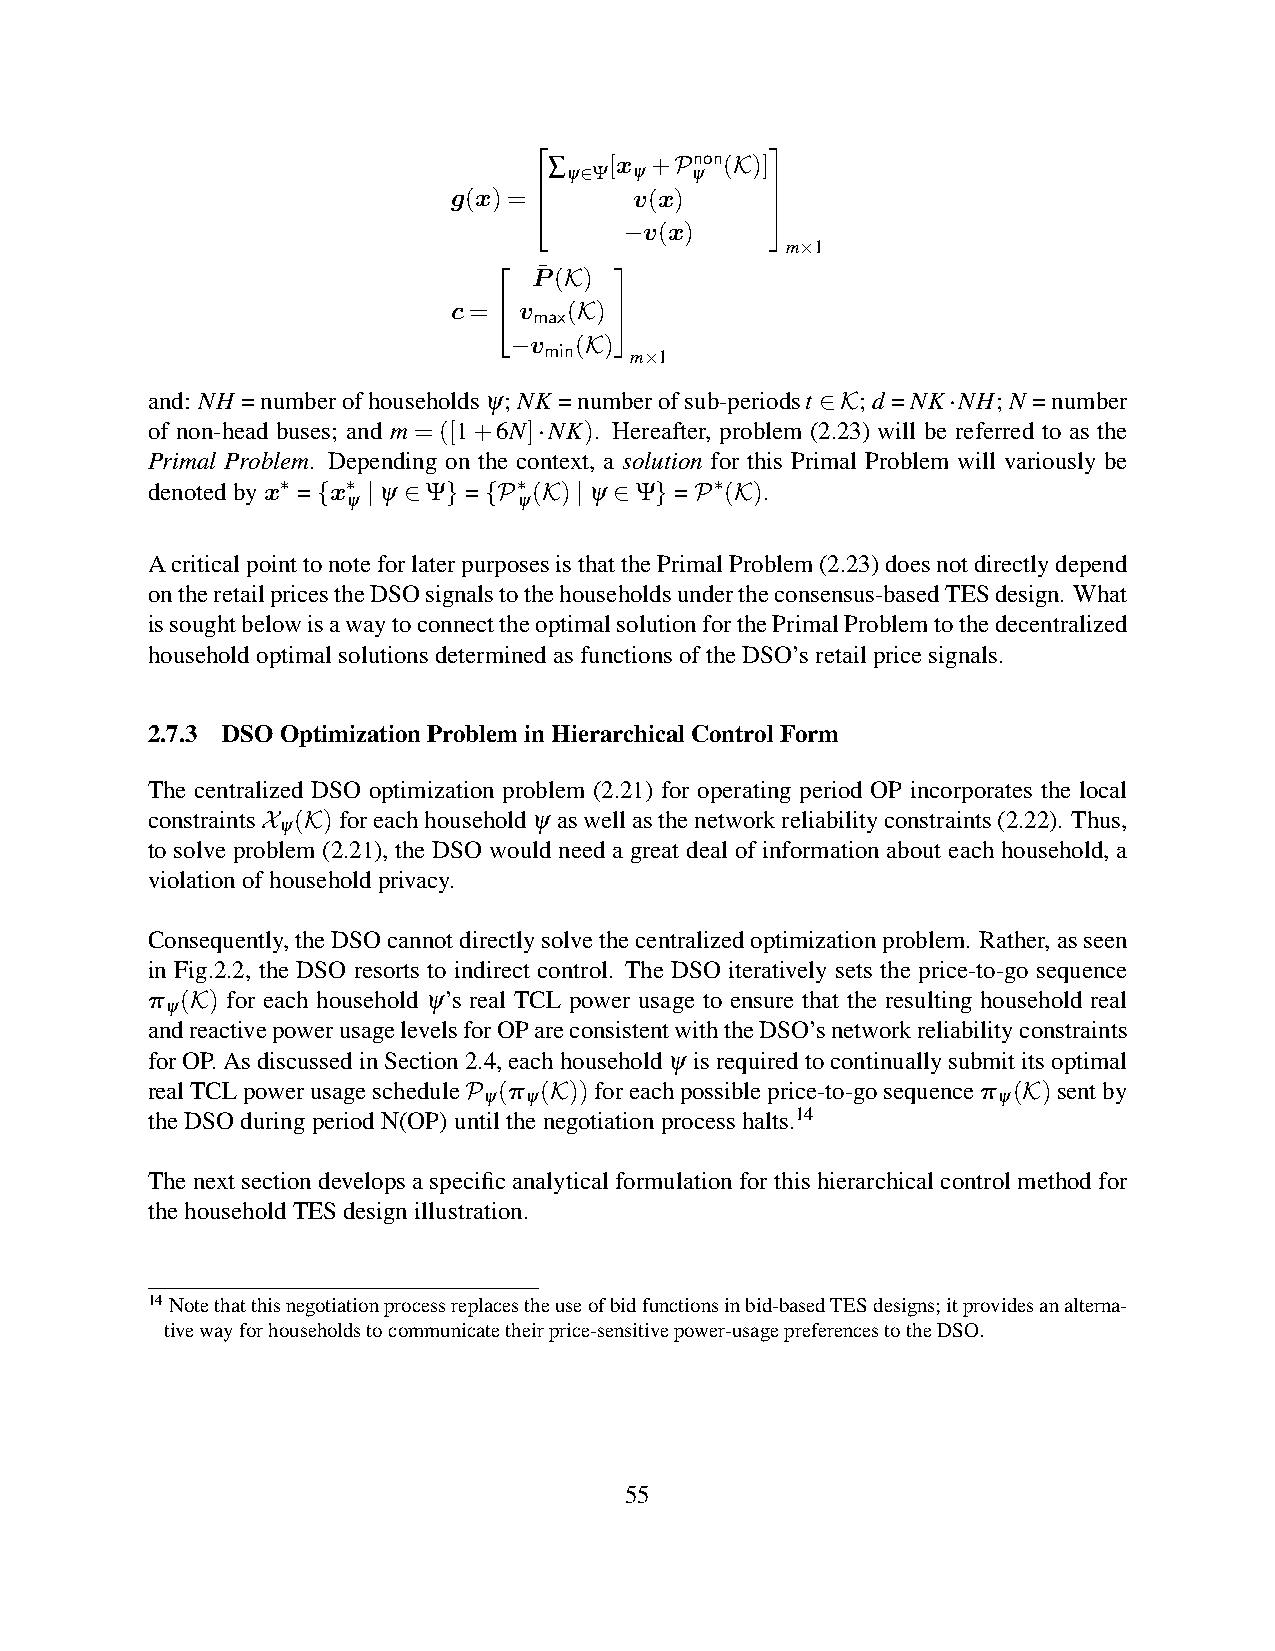
               
 ∑   [x +Pnon(K)]
 ψ∈Ψ  ψ   ψ
 g(x)=      v(x)     
                
 −v(x)
 m×1
  P¯ (K) 
 c= v max(K) 
 −v  (K)
 min
 m×1
 and: NH =numberofhouseholdsψ;NK =numberofsub-periodst ∈K;d =NK·NH;N =number
 of non-head buses; and m = ([1+6N]·NK). Hereafter, problem (2.23) will be referred to as the
 Primal Problem. Depending on the context, a solution for this Primal Problem will variously be
 denotedbyx∗ ={x∗ |ψ ∈Ψ}={P∗(K)|ψ ∈Ψ}=P∗(K).
 ψ          ψ
 AcriticalpointtonoteforlaterpurposesisthatthePrimalProblem(2.23)doesnotdirectlydepend
 ontheretailpricestheDSOsignalstothehouseholdsundertheconsensus-basedTESdesign. What
 issoughtbelowisawaytoconnecttheoptimalsolutionforthePrimalProblemtothedecentralized
 householdoptimalsolutionsdeterminedasfunctionsoftheDSO’sretailpricesignals.
 2.7.3 DSOOptimizationProbleminHierarchicalControlForm
 The centralized DSO optimization problem (2.21) for operating period OP incorporates the local
 constraintsX (K)foreachhouseholdψ aswellasthenetworkreliabilityconstraints(2.22). Thus,
 ψ
 to solve problem (2.21), the DSO would need a great deal of information about each household, a
 violationofhouseholdprivacy.
 Consequently,theDSOcannotdirectlysolvethecentralizedoptimizationproblem. Rather,asseen
 in Fig.2.2, the DSO resorts to indirect control. The DSO iteratively sets the price-to-go sequence
 π (K) for each household ψ’s real TCL power usage to ensure that the resulting household real
 ψ
 andreactivepowerusagelevelsforOPareconsistentwiththeDSO’snetworkreliabilityconstraints
 forOP.AsdiscussedinSection2.4,eachhouseholdψ isrequiredtocontinuallysubmititsoptimal
 realTCLpowerusagescheduleP (π (K))foreachpossibleprice-to-gosequenceπ (K)sentby
 ψ  ψ                              ψ
 theDSOduringperiodN(OP)untilthenegotiationprocesshalts.14
 The next section develops a specific analytical formulation for this hierarchical control method for
 thehouseholdTESdesignillustration.
 14Notethatthisnegotiationprocessreplacestheuseofbidfunctionsinbid-basedTESdesigns;itprovidesanalterna-
 tivewayforhouseholdstocommunicatetheirprice-sensitivepower-usagepreferencestotheDSO.
 55